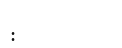
: